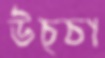
উচ্চা